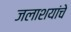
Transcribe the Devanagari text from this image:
जलाशयांचे